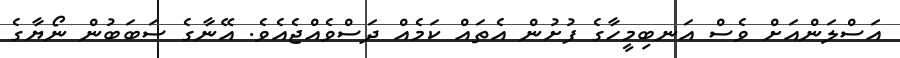
އަސްލަންއަށް ވެސް އަނބިމީހާގެ ފުށުން އެތައް ކަމެއް ދަސްވެއްޖެއެވެ. އޭނާގެ ސަބަބުން ނޯޔާގެ